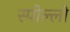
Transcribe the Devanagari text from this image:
स्पील्लो